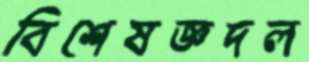
বিশেষজ্ঞদল